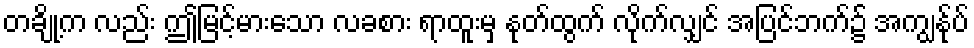
တချို့က လည်း ဤမြင့်မားသော လခစား ရာထူးမှ နုတ်ထွက် လိုက်လျှင် အပြင်ဘက်၌ အကျွန်ုပ်